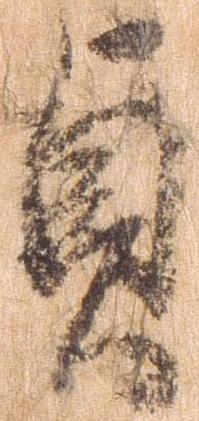
貞